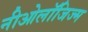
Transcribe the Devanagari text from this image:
नीओलॉजिज्म